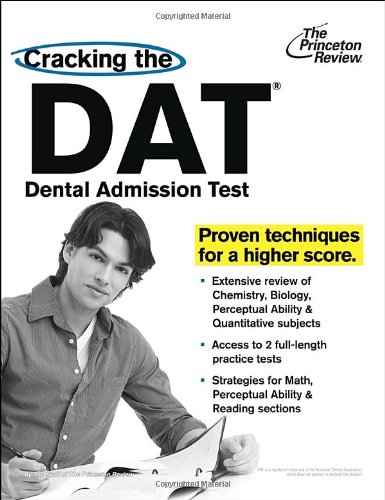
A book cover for Cracking the DAT (Dental Admission Test) (Graduate School Test Preparation); Princeton Review; Test Preparation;